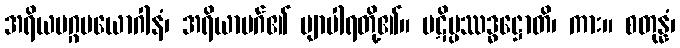
အရိယမဂ္ဂပယောဂါနံ၊ အရိယာမဂ်၏ ဗျာပါရတို့၏။ ပဋိပ္ပဿဒ္ဓဋ္ဌောတိ၊ ကား။ စတုန္နံ၊